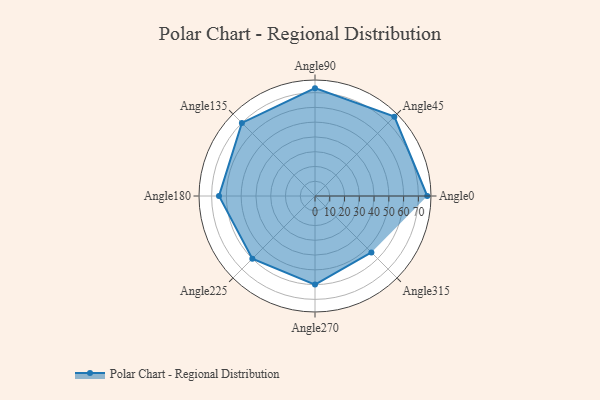
{"axis": {"x": "Angle", "y": "Radius"}, "legend": [""], "data": [{"x": "Angle0", "y": 76.0, "type": ""}, {"x": "Angle45", "y": 76.0, "type": ""}, {"x": "Angle90", "y": 73.0, "type": ""}, {"x": "Angle135", "y": 70.0, "type": ""}, {"x": "Angle180", "y": 65.0, "type": ""}, {"x": "Angle225", "y": 60.0, "type": ""}, {"x": "Angle270", "y": 60.0, "type": ""}, {"x": "Angle315", "y": 54.0, "type": ""}]}